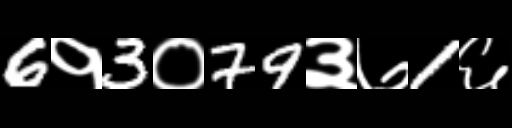
Text: 6१3०79३७1६